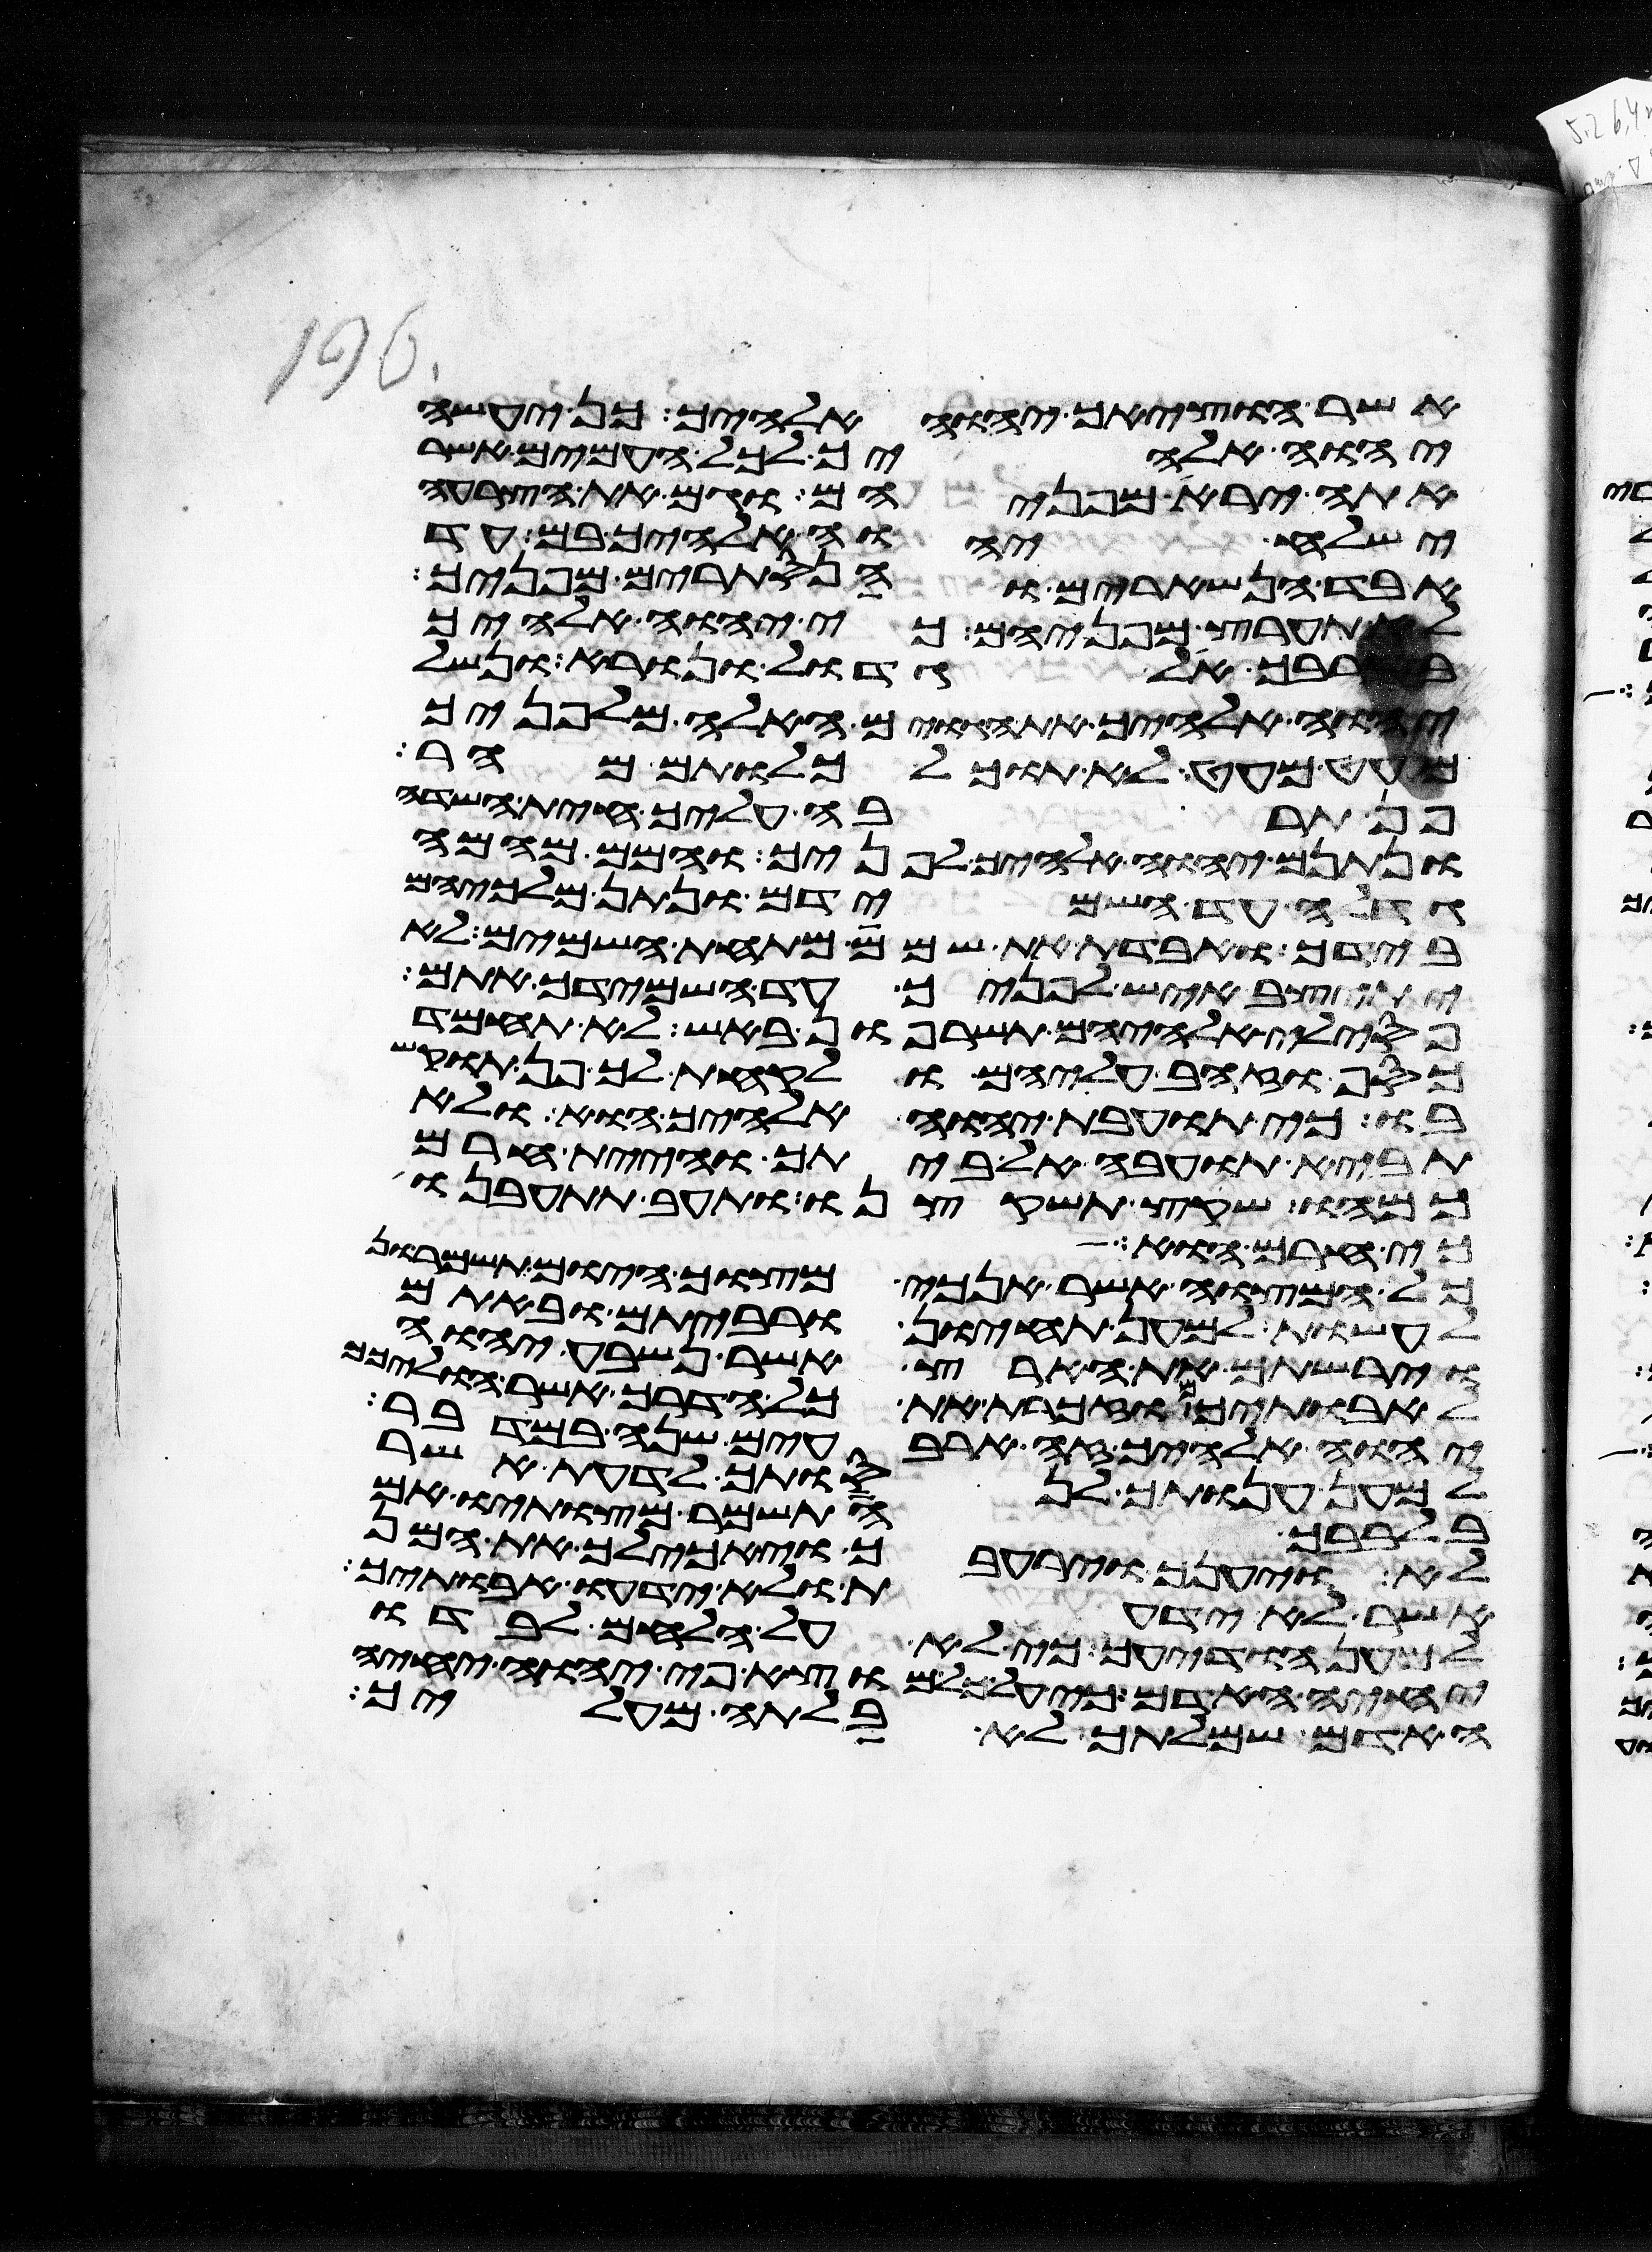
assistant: אשר הוציאך יהוה אלהיך כן יעשה
יהוה אלהיך לכל העמים אשר
אתה ירא מפניהם וגם את הצרעה
ישלח יהוה אלהיך בם עד
אבד הנשארים והנסתרים מפניך
לא תערץ מפניהם כי יהוה אלהיך
בקרבך אל גדול ונורא ונשל
יהוה אלהיך את הגוים האלה מלפניך
מעט מעט לא תוכל כלותם מהר
פן תרבה עליך חית השדה
ונתנם יהוה אלהיך לפניך והמם מהמה
גדלה עד השמידם ונתן מלכיהם
בידך ואבדת את שמם מתחת השמים לא
יתיצב איש לפניך עד השמידך אתם
פסילי אלהיהם תשרפון באש לא תחמד
כסף וזהב עליהם ולקחת לך פן תוקש
בו כי תועבת יהוה אלהיך הוא ולא
תביא תועבה אל ביתך והיית חרם
כמהו שקץ תשקצנו ותעב תתעבנו
כי חרם הוא
כל המצוה אשר אנכי מצוך היום תשמרון
לעשות למען תחיון ורביתם ובאתם
וירשתם את הארץ אשר נשבע יהוה
לאבתיכם וזכרת את כל הדרך אשר הוליכך
יהוה אלהיך זה ארבעים שנה במדבר
למען ענותך לנסותך לדעת אשר
בלבבך התשמר מצותיו אם
לא ויענך וירעבך ויאכילך את המן
אשר לא ידעת ולא ידעו אבתיך
למען הודיעך כי לא על הלחם לבדו
יחיה האדם כי על כל מוצא פי יהוה יחיה
האדם שמלתך לא בלתה מעליך